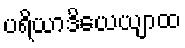
ပရိယာဒိယေယျာထ